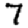
Digit: 7